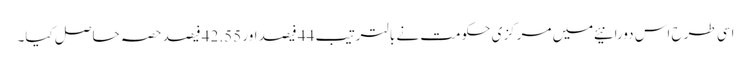
اسی طرح اس دورانیئے میں مرکزی حکومت نے بالترتیب 44 فیصد اور 42.55 فیصد حصہ حاصل کیا۔